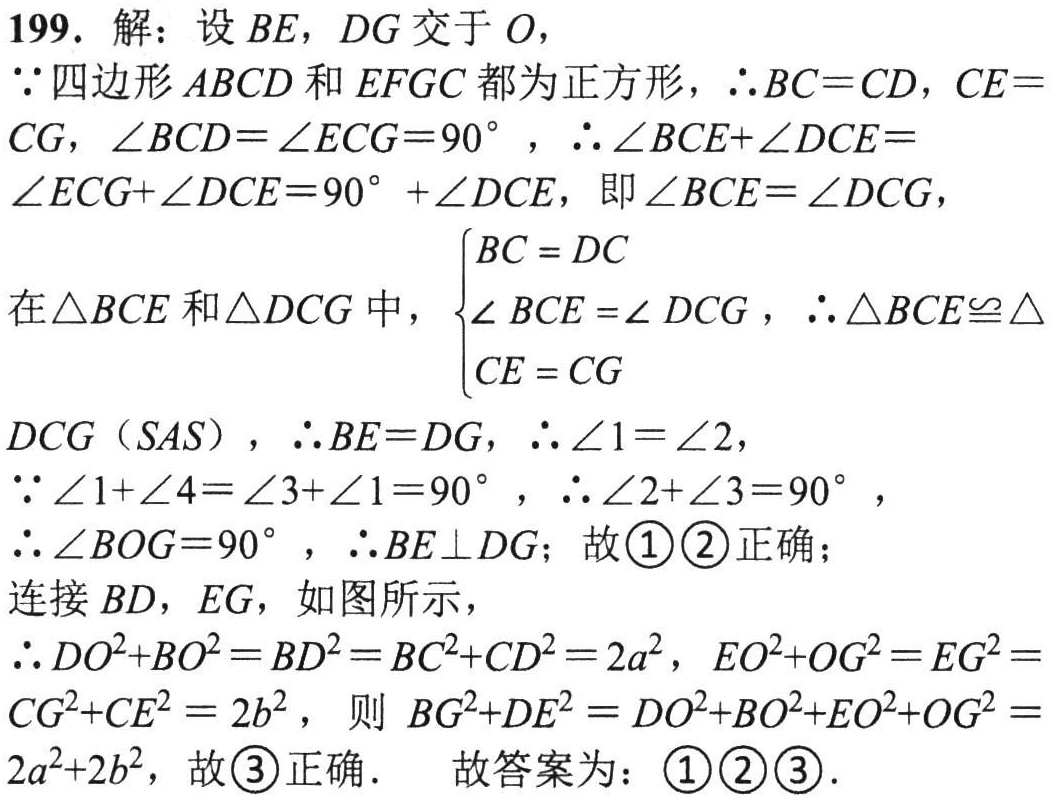
199. 解：设\(BE\)，\(DG\)交于\(O\)，
\(\because\)四边形\(ABCD\)和\(EFGC\)都为正方形，\(\therefore BC = CD\)，\(CE = CG\)，\(\angle BCD=\angle ECG = 90^{\circ}\)，\(\therefore\angle BCE+\angle DCE=\angle ECG+\angle DCE = 90^{\circ}+\angle DCE\)，即\(\angle BCE=\angle DCG\)，
在\(\triangle BCE\)和\(\triangle DCG\)中，\(\begin{cases}BC = DC\\\angle BCE=\angle DCG\\CE = CG\end{cases}\)，\(\therefore\triangle BCE\cong\triangle DCG\)（\(SAS\)），\(\therefore BE = DG\)，\(\therefore\angle1=\angle2\)，
\(\because\angle1+\angle4=\angle3+\angle1 = 90^{\circ}\)，\(\therefore\angle2+\angle3 = 90^{\circ}\)，
\(\therefore\angle BOG = 90^{\circ}\)，\(\therefore BE\perp DG\)；故\(\textcircled{1}\textcircled{2}\)正确；
连接\(BD\)，\(EG\)，如图所示，
\(\therefore DO^{2}+BO^{2}=BD^{2}=BC^{2}+CD^{2}=2a^{2}\)，\(EO^{2}+OG^{2}=EG^{2}=CG^{2}+CE^{2}=2b^{2}\)，则\(BG^{2}+DE^{2}=DO^{2}+BO^{2}+EO^{2}+OG^{2}=2a^{2}+2b^{2}\)，故\(\textcircled{3}\)正确． 故答案为：\(\textcircled{1}\textcircled{2}\textcircled{3}\)．